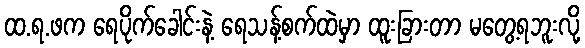
ထ.ရ.ဖက ရေပိုက်ခေါင်းနဲ့ ရေသန့်စက်ထဲမှာ ထူးခြားတာ မတွေ့ရဘူးလို့